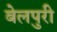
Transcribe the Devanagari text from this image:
बेलपुरी